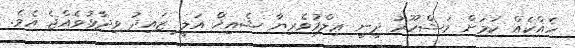
ހެއްކެއް ކަމަށް މަޝްހޫރު ދީނީ ޢިލްމުވެރިޔާ ޝެއިޚް އަލީ ޒައިދު ވިދާޅުވެއްޖެ އެވެ.